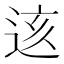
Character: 𨒨